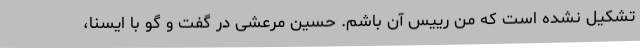
تشکیل نشده است که من رییس آن باشم. حسین مرعشی در گفت و گو با ایسنا،